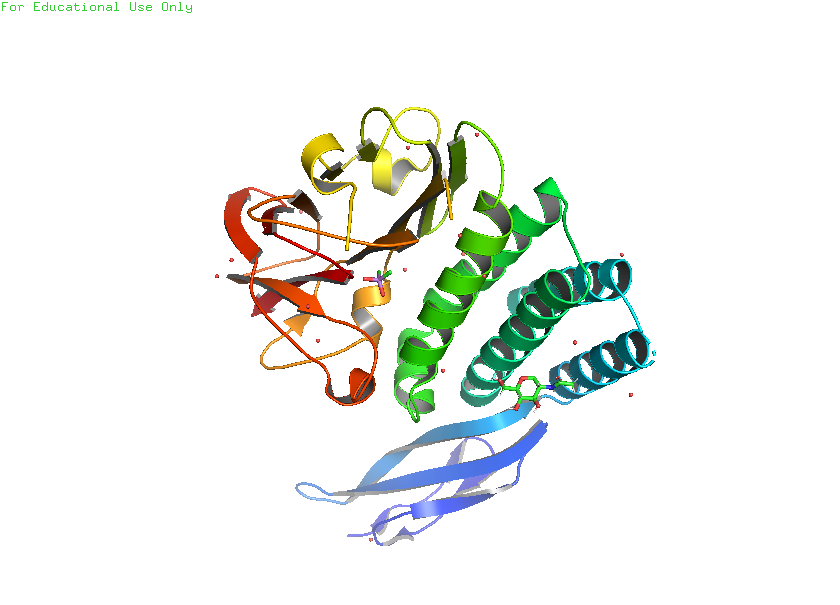
pymol, preset, pub_solv